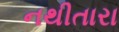
નથીતારા